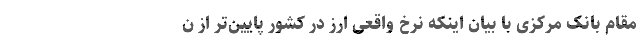
مقام بانک مرکزی با بیان اینکه نرخ واقعی ارز در کشور پایین‌تر از ن